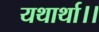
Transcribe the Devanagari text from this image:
यथार्था।।